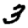
Digit: 3